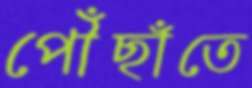
পৌঁছাঁতে